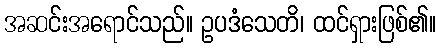
အဆင်းအရောင်သည်။ ဥပဒံသေတိ၊ ထင်ရှားဖြစ်၏။